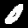
Label: 0